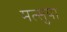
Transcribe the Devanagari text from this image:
मत्सुया